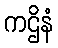
ကဌိနံ